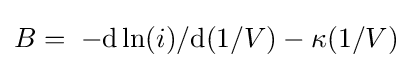
B=\;-\mathrm {d} \ln(i)/\mathrm {d} (1/V)-\kappa (1/V)